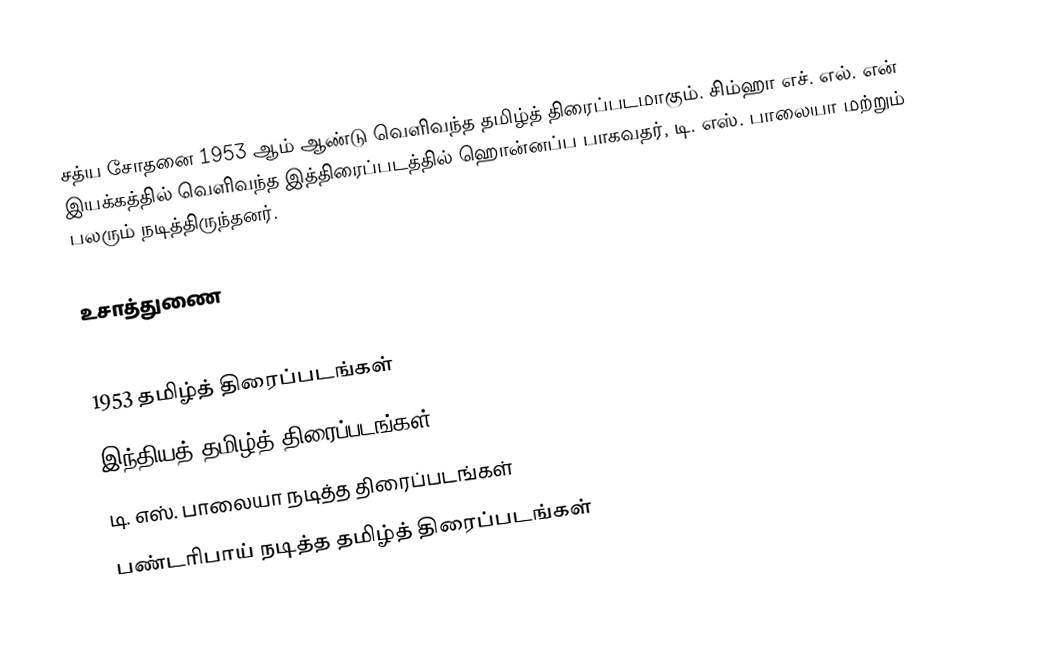
சத்ய சோதனை 1953 ஆம் ஆண்டு வெளிவந்த தமிழ்த் திரைப்படமாகும். சிம்ஹா எச். எல். என் இயக்கத்தில் வெளிவந்த இத்திரைப்படத்தில் ஹொன்னப்ப பாகவதர், டி. எஸ். பாலையா மற்றும் பலரும் நடித்திருந்தனர்.

உசாத்துணை

1953 தமிழ்த் திரைப்படங்கள்
இந்தியத் தமிழ்த் திரைப்படங்கள்
டி. எஸ். பாலையா நடித்த திரைப்படங்கள்
பண்டரிபாய் நடித்த தமிழ்த் திரைப்படங்கள்